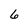
Character: 6